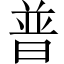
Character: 普